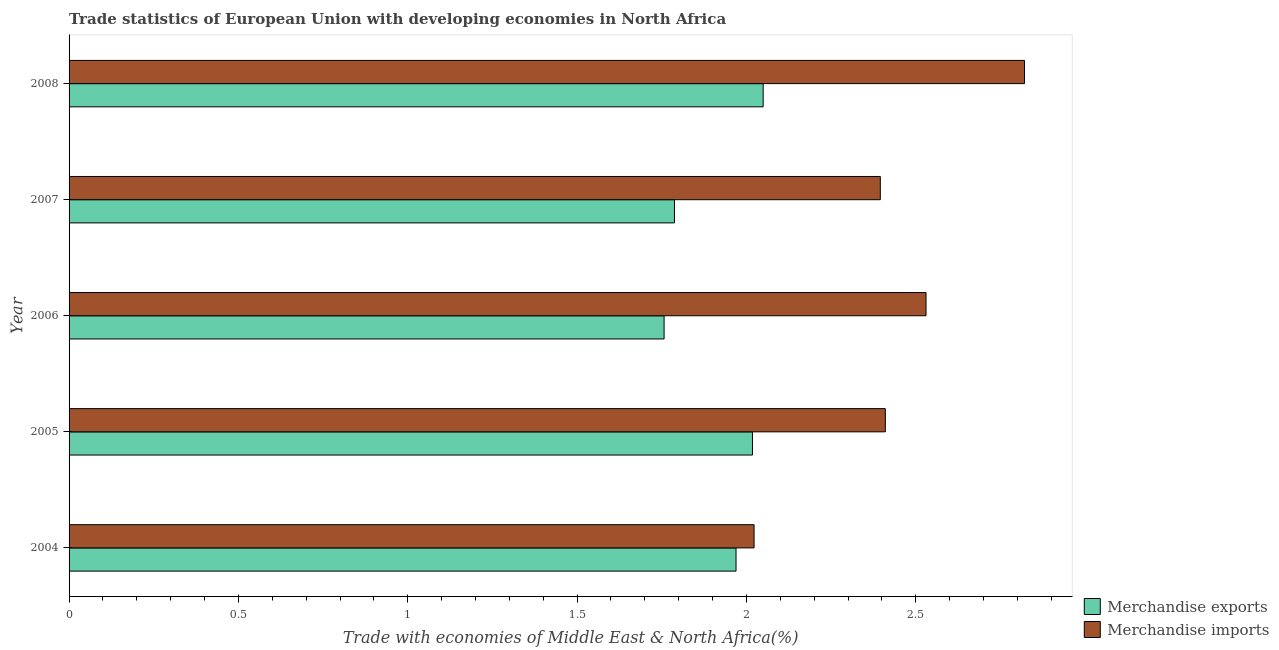
| Year | Merchandise exports | Merchandise imports |
 | --- | --- | --- |
 | 2004 | 1.97 | 2.02 |
 | 2005 | 2.02 | 2.41 |
 | 2006 | 1.76 | 2.53 |
 | 2007 | 1.79 | 2.4 |
 | 2008 | 2.05 | 2.82 |